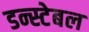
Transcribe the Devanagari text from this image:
डन्स्टेबल